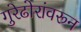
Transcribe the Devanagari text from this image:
गुरेढोरांवरून